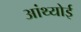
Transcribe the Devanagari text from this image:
आंथ्‍योई